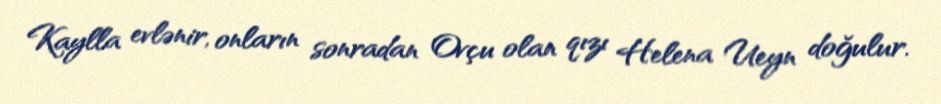
Kaylla evlənir, onların sonradan Ovçu olan qızı Helena Ueyn doğulur.